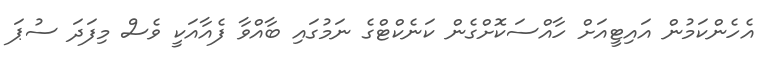
އެހެންކަމުން އައިޓީއަށް ހާއްސަކޮށްގެން ކަނެކްޓްގެ ނަމުގައި ބާއްވާ ފެއާއަކީ ވެސް މިފަދަ ސުޕަ